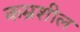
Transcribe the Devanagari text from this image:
कम्रशील